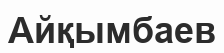
Айқымбаев